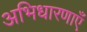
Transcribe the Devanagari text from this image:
अभिधारणाएँ